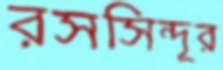
রসসিন্দূর